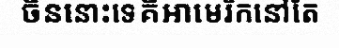
ចិននោះទេគឺអាមេរិកនៅតែ